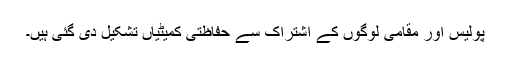
پولیس اور مقامی لوگوں کے اشتراک سے حفاظتی کمیٹیاں تشکیل دی گئی ہیں۔